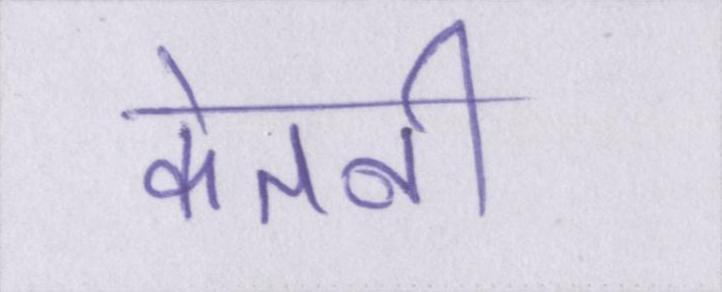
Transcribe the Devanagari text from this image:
केतनी